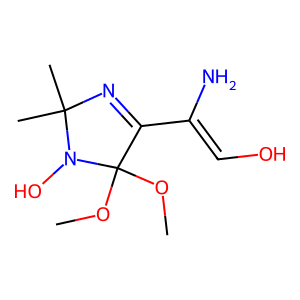
SMILES: COC1(OC)C(C(N)=CO)=NC(C)(C)N1O
Inhibits HIV replication: No